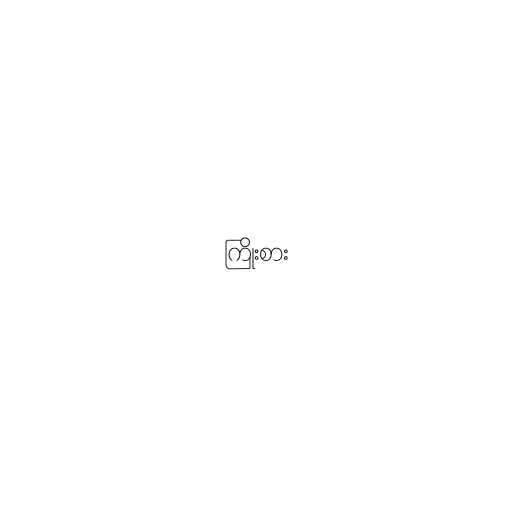
ကြိုးစား